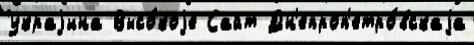
Украjина Высо́коjе Сайт Дн'епроп'етро́вскаjа